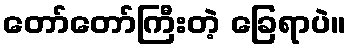
တော်တော်ကြီးတဲ့ ခြေရာပဲ။